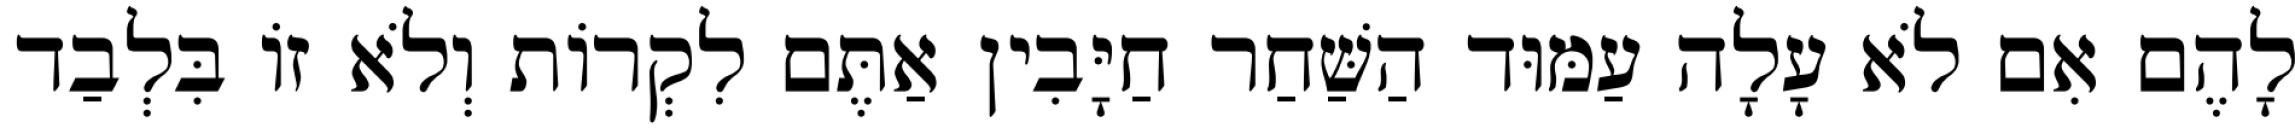
לָהֶם אִם לֹא עָלָה עַמּוּד הַשַּׁחַר חַיָּבִין אַתֶּם לִקְרוֹת וְלֹא זוֹ בִּלְבַד